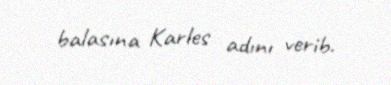
balasına Karles adını verib.